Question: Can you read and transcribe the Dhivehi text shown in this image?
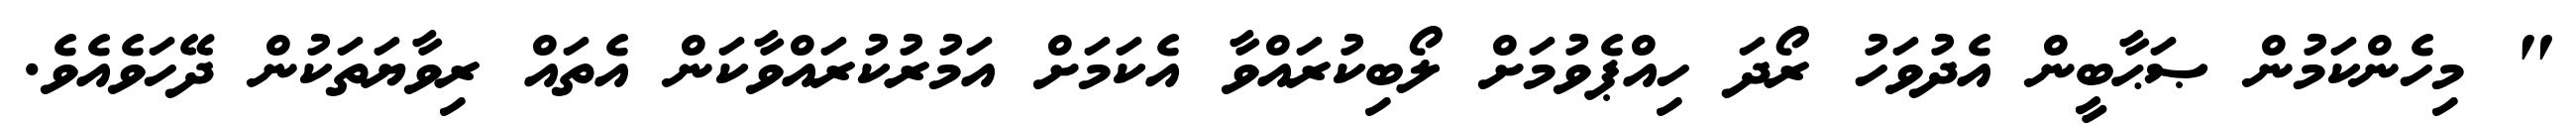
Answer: " މިހެންކަމުން ޞަޙާބީން އެދުވަހު ރޯދަ ހިއްޕެވުމަށް ލޯބިކުރައްވާ އެކަމަށް އަމުރުކުރައްވާކަން އެތައް ރިވާޔަތަކުން ދޭހަވެއެވެ.